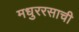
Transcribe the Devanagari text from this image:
मधुररसाची